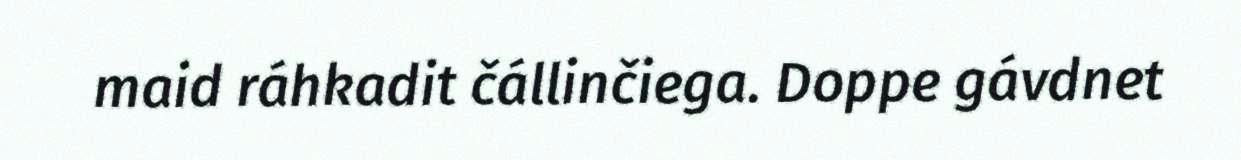
maid ráhkadit čállinčiega. Doppe gávdnet